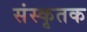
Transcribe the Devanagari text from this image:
संस्कृतक